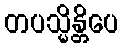
တပသ္မိန္တိပေ